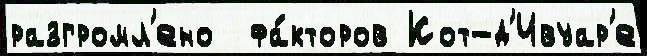
разгромл'ено  фа́кторов Кот-д'Ивуар'е